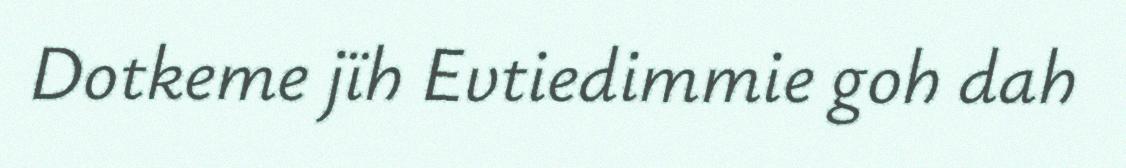
Dotkeme jïh Evtiedimmie goh dah